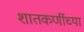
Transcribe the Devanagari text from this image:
शातकर्णीच्या